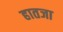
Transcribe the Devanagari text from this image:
हातजा